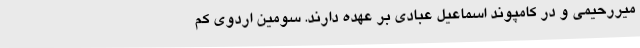
میررحیمی و در کامپوند اسماعیل عبادی بر عهده دارند. سومین اردوی کم